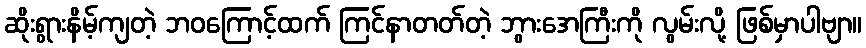
ဆိုးရွားနိမ့်ကျတဲ့ ဘဝကြောင့်ထက် ကြင်နာတတ်တဲ့ ဘွားအေကြီးကို လွမ်းလို့ ဖြစ်မှာပါဗျာ။